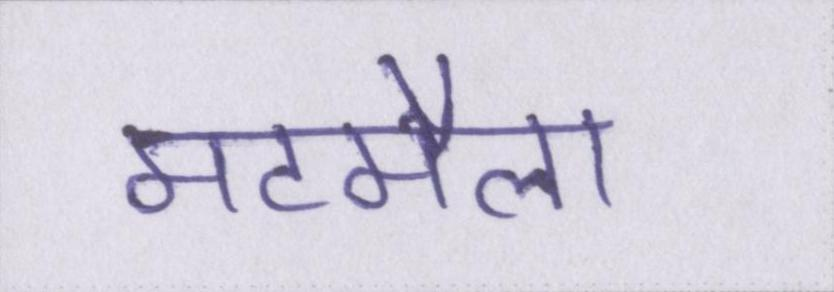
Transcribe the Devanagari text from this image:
मटमैला